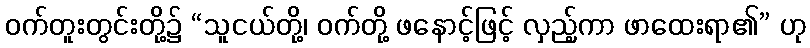
ဝက်တူးတွင်းတို့၌ “သူငယ်တို့၊ ဝက်တို့ ဖနောင့်ဖြင့် လှည့်ကာ ဖာထေးရာ၏” ဟု